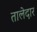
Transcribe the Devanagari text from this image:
तालेदार